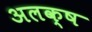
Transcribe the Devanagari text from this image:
अलक्ष